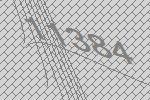
11384